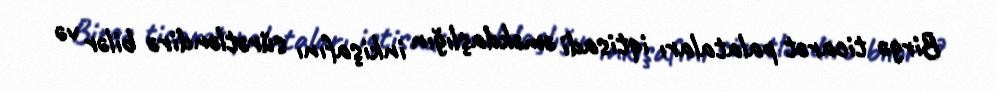
Birgə ticarət palataları iqtisadi əməkdaşlığın inkişafını sürətləndirə bilər və